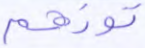
تؤزهم